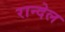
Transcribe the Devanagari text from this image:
रान्देल